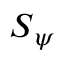
\boldsymbol { S } _ { \boldsymbol { \psi } }